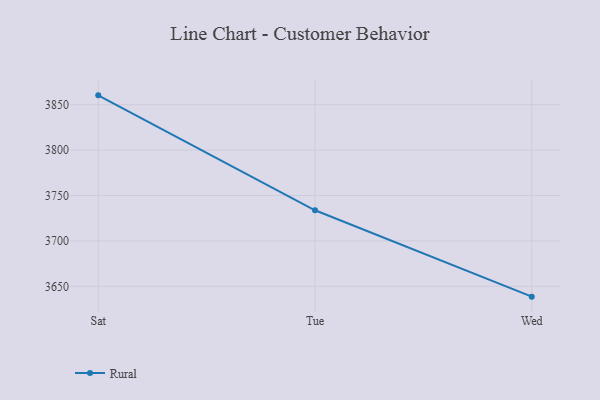
{"axis": {"x": "Day", "y": "Page Views"}, "legend": ["Rural"], "data": [{"x": "Sat", "y": 3860.3, "type": "Rural"}, {"x": "Tue", "y": 3733.7, "type": "Rural"}, {"x": "Wed", "y": 3638.6, "type": "Rural"}]}